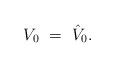
LaTeX: \begin{align*}V_0 \ = \ \hat V_0.\end{align*}